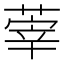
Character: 䔂